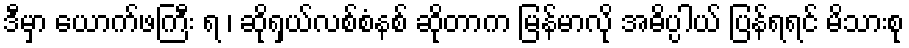
ဒီမှာ ယောက်ဖကြီး ရ ၊ ဆိုရှယ်လစ်စံနစ် ဆိုတာက မြန်မာလို အဓိပ္ပါယ် ပြန်ရရင် မိသားစု